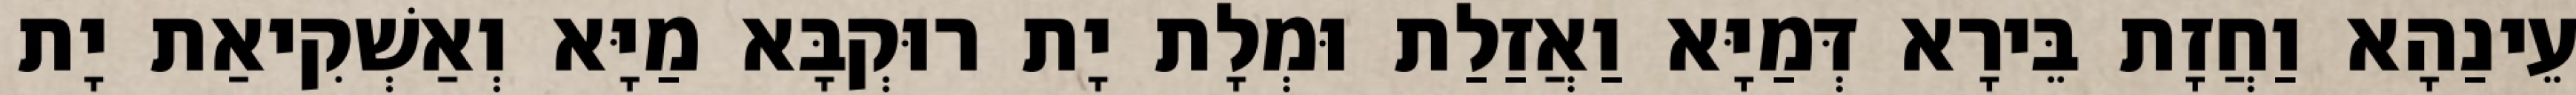
עֵינַהָא וַחֲזָת בֵּירָא דְּמַיָּא וַאֲזַלַת וּמְלָת יָת רוּקְבָּא מַיָּא וְאַשְׁקִיאַת יָת